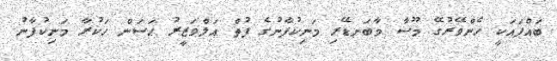
ބައްޕައަކީ ހެންވޭރުގޭ މޫސާ މާބަނޑޭރި މަނިކުފާނުގެ ފުތް އަލްވަޒީރު ޙަސަން ހަކުރާ މަނިކުފާނު